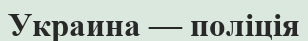
Украина — поліція